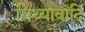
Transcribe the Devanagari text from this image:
मिथ्यावादि